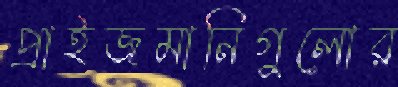
প্রাইজমানিগুলোর